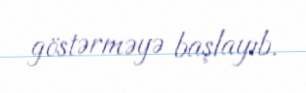
göstərməyə başlayıb.